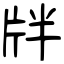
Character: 牉